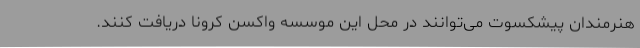
هنرمندان پیشکسوت می‌توانند در محل این موسسه واکسن کرونا دریافت کنند.